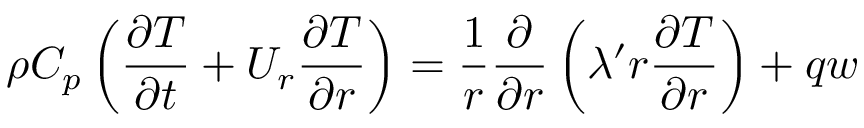
\rho C _ { p } \left( \frac { \partial T } { \partial t } + U _ { r } \frac { \partial T } { \partial r } \right) = \frac { 1 } { r } \frac \partial { \partial r } \left( \lambda ^ { \prime } r \frac { \partial T } { \partial r } \right) + q w